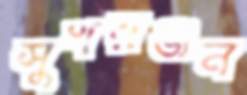
সুখরঞ্জন